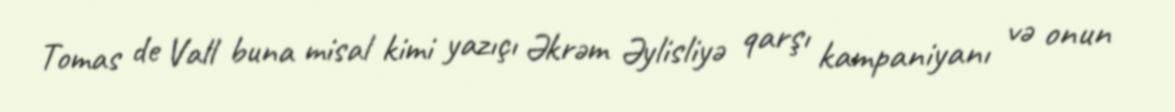
Tomas de Vall buna misal kimi yazıçı Əkrəm Əylisliyə qarşı kampaniyanı və onun